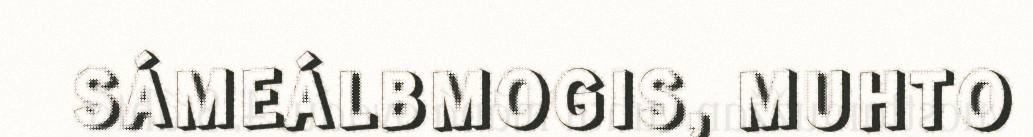
SÁMEÁLBMOGIS, MUHTO